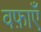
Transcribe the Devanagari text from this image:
वफ़ाएँ